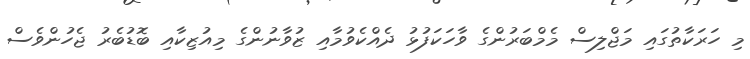
މި ހަރަކާތުގައި މަޖްލިސް މެމްބަރުންގެ ވާހަކަފުޅު ދެއްކެވުމާއި ޒުވާނުންގެ މިއުޒިކާއި ބޮޑުބެރު ޖެހުންވެސް